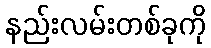
နည်းလမ်းတစ်ခုကို